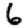
Digit: 6